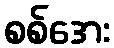
စစ်အေး